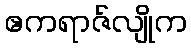
ဧကရာဇ်လျိုက